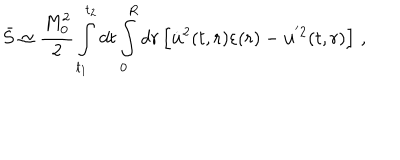
\bar { S } \simeq \frac { M _ { 0 } ^ { 2 } } { 2 } \int _ { t _ { 1 } } ^ { t _ { 2 } } d t \int _ { 0 } ^ { R } d r \left[ \dot { \bf u } ^ { 2 } ( t , r ) \varepsilon ( r ) - { \bf u } ^ { ' 2 } ( t , r ) \right] \, { , }